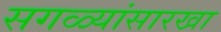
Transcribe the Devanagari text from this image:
सगळ्यांसारखा